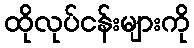
ထိုလုပ်ငန်းများကို